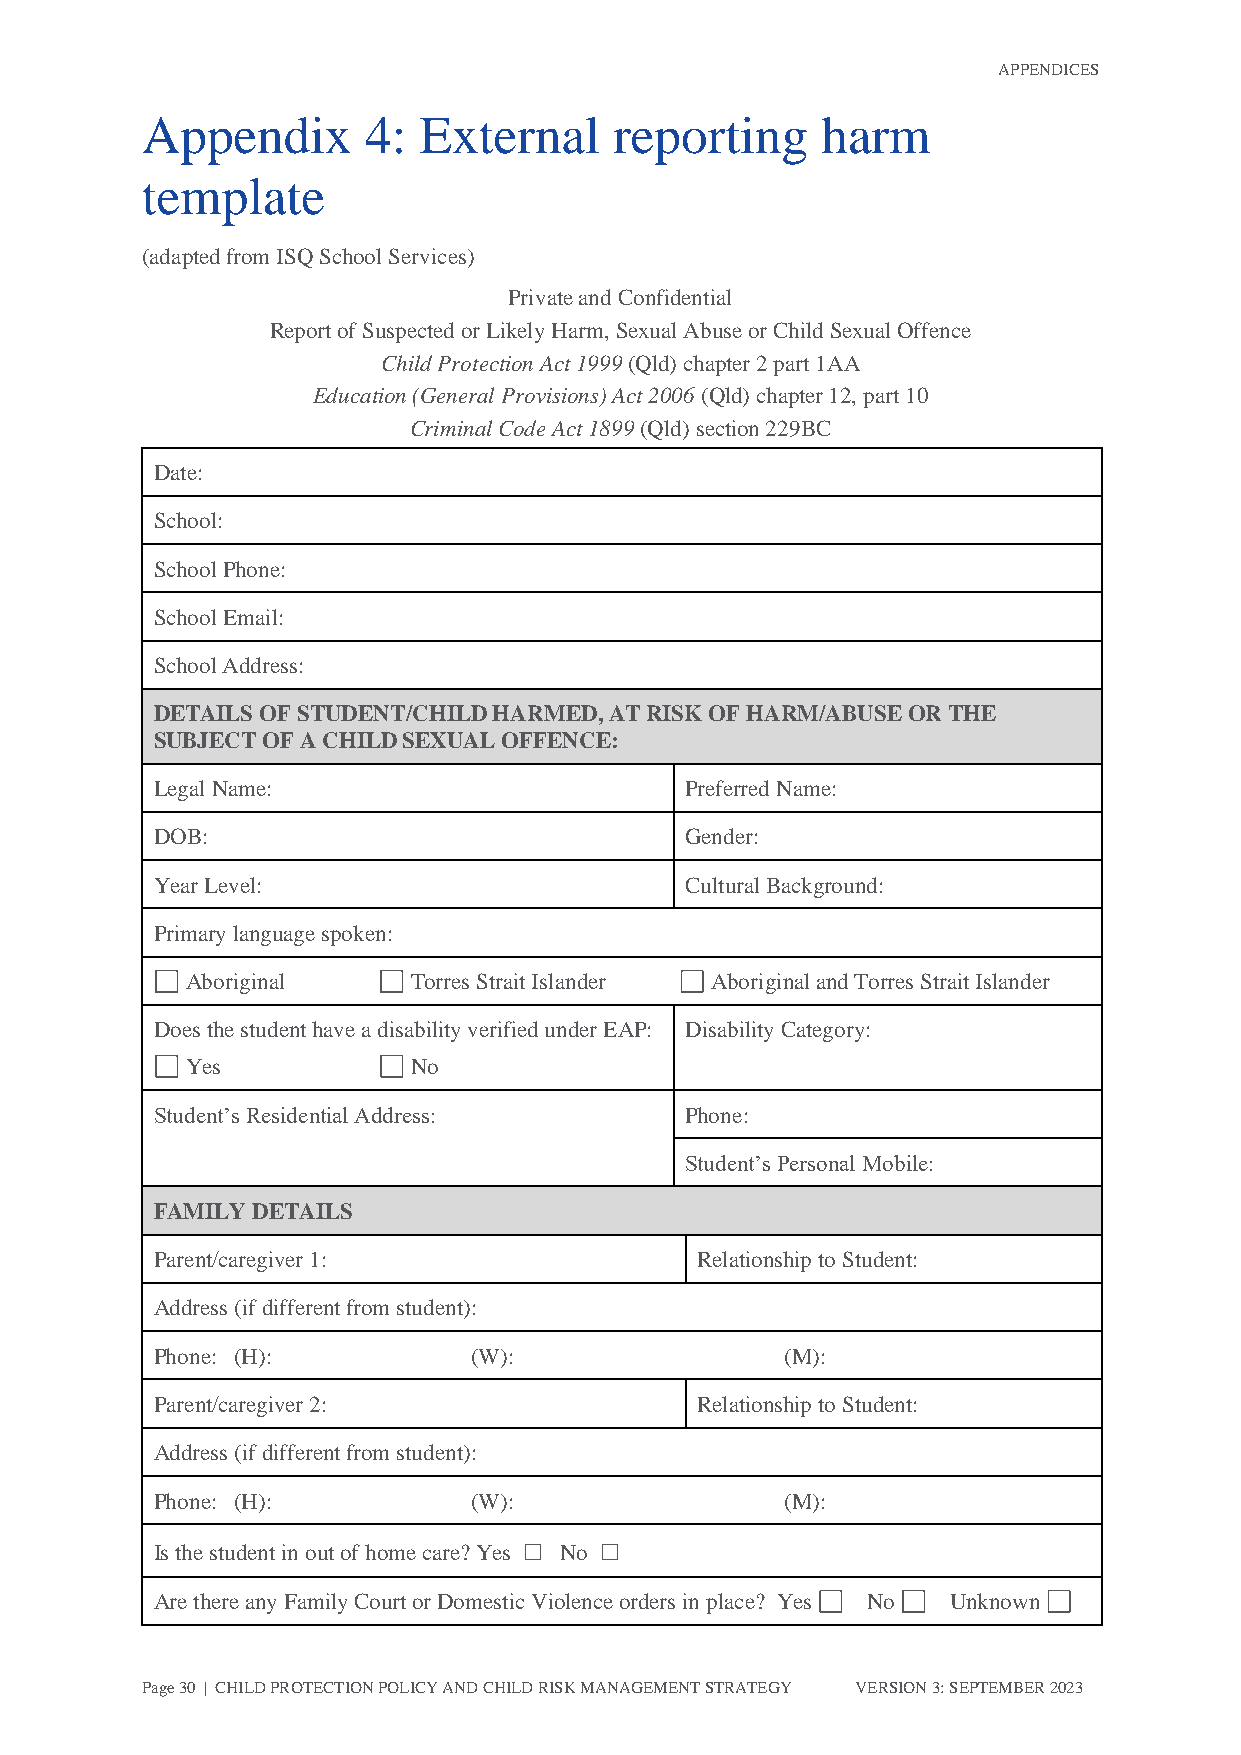
APPENDICES
 Appendix       4:  External     reporting    harm
 template
 (adapted from ISQ School Services)
 Private and Confidential
 Report of Suspected or Likely Harm, Sexual Abuse or Child Sexual Offence
 Child Protection Act 1999 (Qld) chapter 2 part 1AA
 Education (General Provisions) Act 2006 (Qld) chapter 12, part 10
 Criminal Code Act 1899 (Qld) section 229BC
 Date:
 School:
 School Phone:
 School Email:
 School Address:
 DETAILS OF STUDENT/CHILD HARMED, AT RISK OF HARM/ABUSE OR THE
 SUBJECT OF A CHILD SEXUAL OFFENCE:
 Legal Name:                        Preferred Name:
 DOB:                               Gender:
 Year Level:                        Cultural Background:
 Primary language spoken:
 Aboriginal     Torres Strait Islander Aboriginal and Torres Strait Islander
 Does the student have a disability verified under EAP: Disability Category:
 Yes            No
 Student’s Residential Address:     Phone:
 Student’s Personal Mobile:
 FAMILY DETAILS
 Parent/caregiver 1:                 Relationship to Student:
 Address (if different from student):
 Phone: (H):          (W):                 (M):
 Parent/caregiver 2:                 Relationship to Student:
 Address (if different from student):
 Phone: (H):          (W):                 (M):
 Is the student in out of home care? Yes ☐ No ☐
 Are there any Family Court or Domestic Violence orders in place? Yes No Unknown
 Page 30 | CHILD PROTECTION POLICY AND CHILD RISK MANAGEMENT STRATEGY VERSION 3: SEPTEMBER 2023